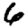
Digit: 6